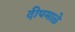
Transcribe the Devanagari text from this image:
दीपमाळे